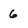
Character: 6